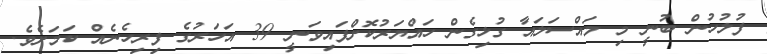
ފުލުހުން ބުނީ މި މައްސަލައާ ގުޅިގެން ހައްޔަރުކޮށްފައިވަނީ 39 އަހަރުގެ ފިރިހެނެއް ކަމަށެވެ.